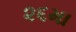
૨૬મા